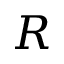
R